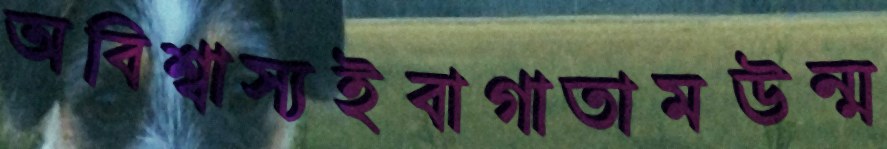
অবিশ্বাস্যইবাগাতামউন্ম